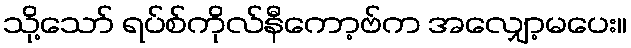
သို့သော် ရပ်စ်ကိုလ်နီကော့ဗ်က အလျှော့မပေး။